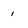
Character: 1